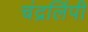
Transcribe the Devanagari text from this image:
चंद्रलिंपी